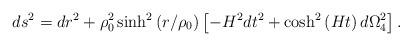
LaTeX: \begin{align*}ds^2=dr^2+\rho_0^2\sinh^2\left(r/\rho_0\right)\left[-H^2 dt^2+\cosh^2\left(Ht\right)d\Omega_4^2\right].\end{align*}